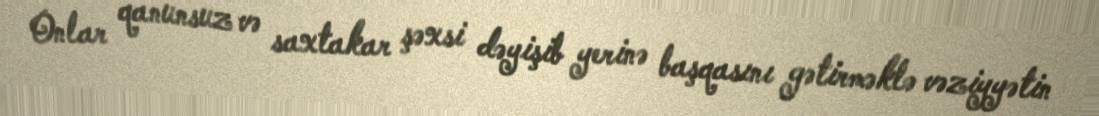
Onlar qanunsuz və saxtakar şəxsi dəyişib yerinə başqasını gətirməklə vəziyyətin